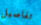
تفاصيل